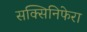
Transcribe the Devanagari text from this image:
सक्सिनिफेरा